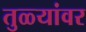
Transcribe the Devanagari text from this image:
तुळ्यांवर